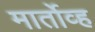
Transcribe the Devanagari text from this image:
मार्तोव्ह